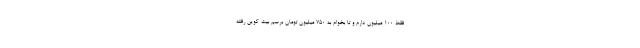
فقط 100 میلیون دارم و تا بخوام به 750 میلیون تومان برسم بیت کوین رفته